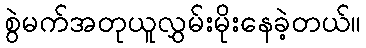
စွဲမက်အတုယူလွှမ်းမိုးနေခဲ့တယ်။